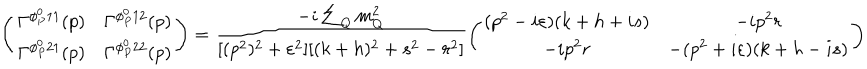
\left( \begin{matrix} { { \Gamma ^ { \phi _ { P } ^ { 0 } 1 1 } ( p ) } } & { { \Gamma ^ { \phi _ { P } ^ { 0 } 1 2 } ( p ) } } \\ { { \Gamma ^ { \phi _ { P } ^ { 0 } 2 1 } ( p ) } } & { { \Gamma ^ { \phi _ { P } ^ { 0 } 2 2 } ( p ) } } \\ \end{matrix} \right) = \frac { - i \sum _ { Q } m _ { Q } ^ { 2 } } { [ ( p ^ { 2 } ) ^ { 2 } + \varepsilon ^ { 2 } ] [ ( k + h ) ^ { 2 } + s ^ { 2 } - r ^ { 2 } ] } \left( \begin{matrix} { { ( p ^ { 2 } - i \varepsilon ) ( k + h + i s ) } } & { { - i p ^ { 2 } r } } \\ { { - i p ^ { 2 } r } } & { { - ( p ^ { 2 } + i \varepsilon ) ( k + h - i s ) } } \\ \end{matrix} \right)